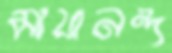
মায়ানন্দ